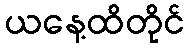
ယနေ့ထိတိုင်